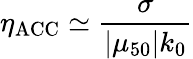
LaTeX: \eta_{\mathrm{ACC}}\simeq\frac{\sigma}{|\mu_{50}|k_{0}}